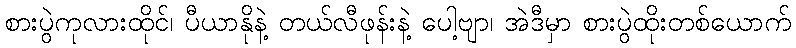
စားပွဲကုလားထိုင်၊ ပီယာနိုနဲ့ တယ်လီဖုန်းနဲ့ ပေါ့ဗျာ၊ အဲဒီမှာ စားပွဲထိုးတစ်ယောက်